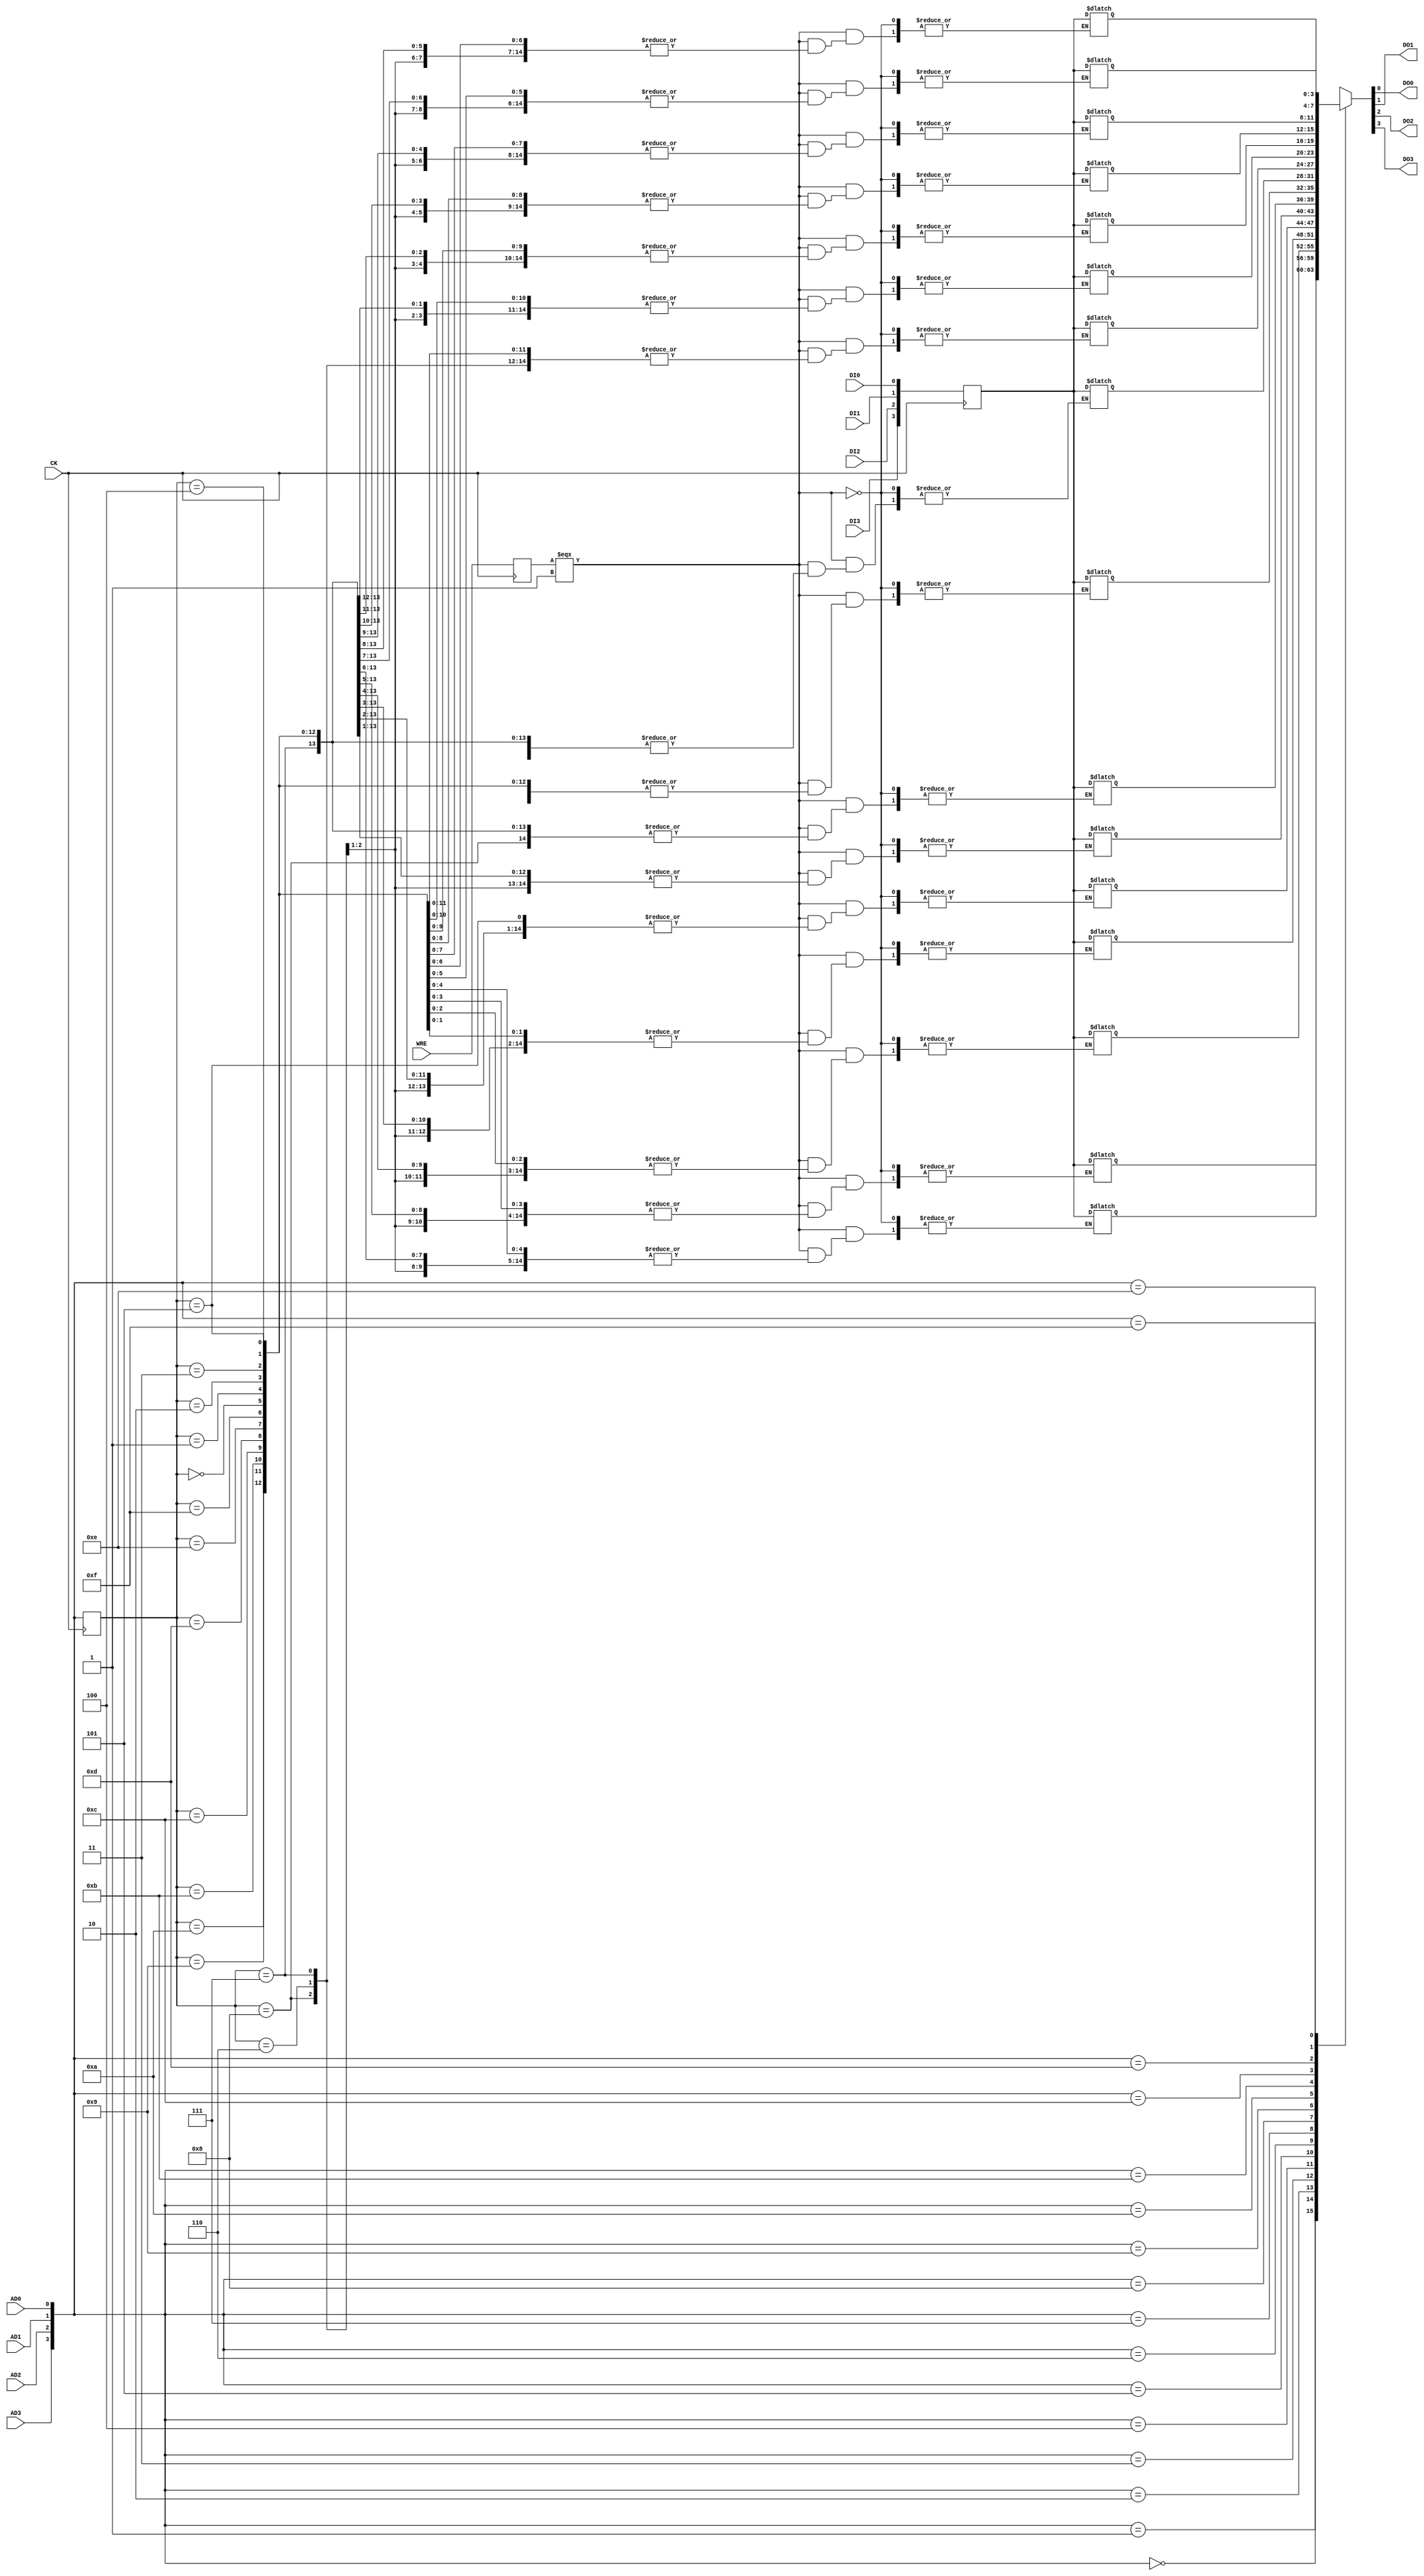
`resetall
`timescale 1 ns / 1 ps

`celldefine

module SPR16X4A (DI0, DI1, DI2, DI3, AD0, AD1, AD2, AD3, WRE, CK,
                 DO0, DO1, DO2, DO3);
 
  input AD0,AD1,AD2,AD3,DI0, DI1, DI2, DI3, CK, WRE;
  output DO0, DO1, DO2, DO3;

  integer i;
  reg wre_reg;
  reg [3:0] din_reg;
  reg [3:0] wadr_reg;
  reg [3:0] radr_reg;
  reg [3:0] MEM [15:0];
  reg [3:0] DOb;
  reg [63:0] pick_data;
  reg memchg;

  buf  (AD0b, AD0);
  buf  (AD1b, AD1);
  buf  (AD2b, AD2);
  buf  (AD3b, AD3);
  buf  (DI0b, DI0);
  buf  (DI1b, DI1);
  buf  (DI2b, DI2);
  buf  (DI3b, DI3);
  buf  (CKb, CK);
  buf  (WREb, WRE);

  buf  (DO0, DOb[0]);
  buf  (DO1, DOb[1]);
  buf  (DO2, DOb[2]);
  buf  (DO3, DOb[3]);

  initial
  begin
     memchg = 1'b0;
  end

   // Latch the address and data in for writing
   // Registers are rising edge enabled
  always @ (posedge CKb) begin
       wre_reg <= WREb;
       din_reg <= {DI3b, DI2b, DI1b, DI0b};
       wadr_reg <= {AD3b, AD2b, AD1b, AD0b};
  end


  always @ (AD3b or AD2b or AD1b or AD0b) begin
     radr_reg = {AD3b, AD2b, AD1b, AD0b};
  end

  always @ (din_reg,wadr_reg,wre_reg) begin
     if (wre_reg === 1'b1) begin
        MEM[wadr_reg] = din_reg;
        memchg = ~memchg;
     end
  end

  always @ (radr_reg or memchg)
  begin
        DOb = MEM[radr_reg];
  end

endmodule

`endcelldefine